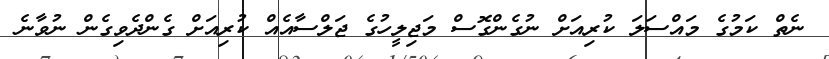
ނެތް ކަމުގެ މައްސަލަ ކުރިއަށް ނުގެންގޮސް މަޖިލީހުގެ ޖަލްސާއެއް ކުރިއަށް ގެންދެވިގެން ނުވާނެ